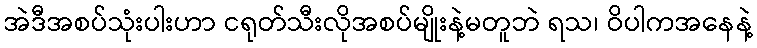
အဲဒီအစပ်သုံးပါးဟာ ငရုတ်သီးလိုအစပ်မျိုးနဲ့မတူဘဲ ရသ၊ ဝိပါကအနေနဲ့